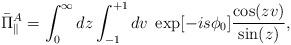
LaTeX: \begin{align*}\bar{\Pi}_{\parallel}^A= \int _0 ^\infty dz \int _{-1}^{+1} dv \;\exp [ {-is \phi_0}]\frac{\cos(zv)}{\sin(z)},\end{align*}